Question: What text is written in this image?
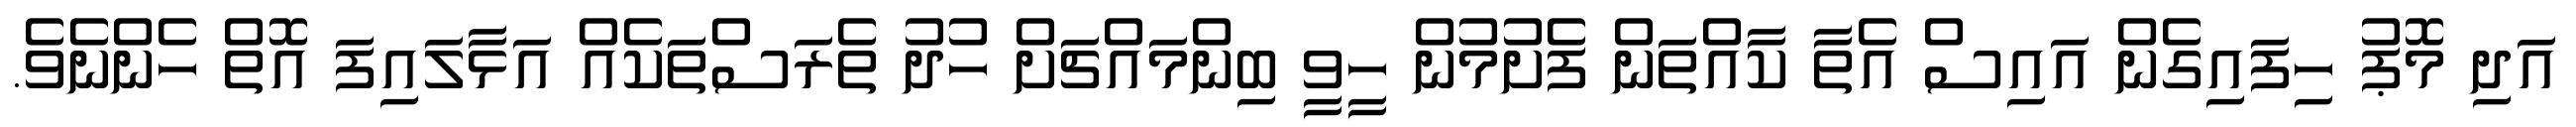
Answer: އަދި މޮޕު ހިފައިގެން އައިސް އެތާ ކާއްތަން ފެށުމުން ހީވީ ބިންމައްޗަށް ހުދު ތެރަސްތަކެއް އަޅާލައިފަ އޮތް ހެންނެވެ.